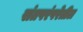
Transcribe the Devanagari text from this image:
संतपरंपरेतील